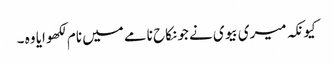
کیونکہ میری بیوی نے جو نکاح نامے میں نام لکھوایا وہ ۔